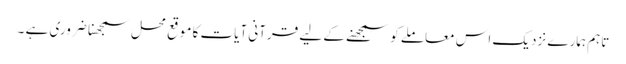
تاہم ہمارے نزدیک اس معاملے کو سمجھنے کے لیے قرآنی آیات کا موقع محل سمجھنا ضروری ہے ۔